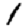
Digit: 1